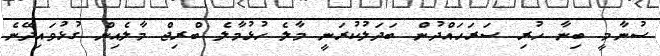
ސުނާމީ ބިނާ ހުރި ސަރަހައްދުން ބަދަލުކުރަނީ މާލެ ހުޅުމާލެ ބްރިޖް މާލެއިން ގުޅުވައިދޭނެ